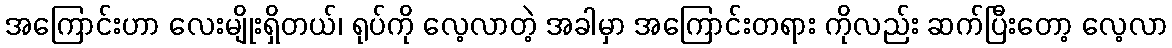
အကြောင်းဟာ လေးမျိုးရှိတယ်၊ ရုပ်ကို လေ့လာတဲ့ အခါမှာ အကြောင်းတရား ကိုလည်း ဆက်ပြီးတော့ လေ့လာ